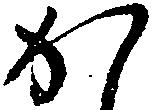
か